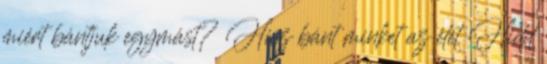
miért bántjuk egymást? Hisz bánt minket az élet Hidd